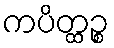
ကပိတ္ထဉ္စ